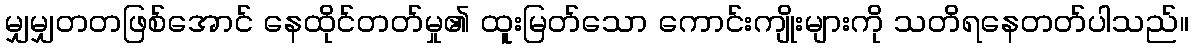
မျှမျှတတဖြစ်အောင် နေထိုင်တတ်မှု၏ ထူးမြတ်သော ကောင်းကျိုးများကို သတိရနေတတ်ပါသည်။